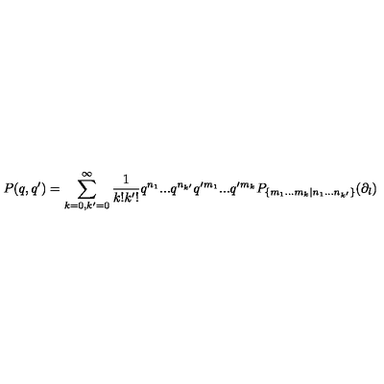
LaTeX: P ( q , q ^ { \prime } ) = \sum _ { k = 0 , k ^ { \prime } = 0 } ^ { \infty } \frac { 1 } { k ! k ^ { \prime } ! } q ^ { n _ { 1 } } . . . q ^ { n _ { k ^ { \prime } } } q ^ { \prime } { } ^ { m _ { 1 } } . . . q ^ { \prime } { } ^ { m _ { k } } P _ { \{ m _ { 1 } . . . m _ { k } | n _ { 1 } . . . n _ { k ^ { \prime } } \} } ( \partial _ { l } )